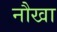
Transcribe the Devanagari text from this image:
नौखा